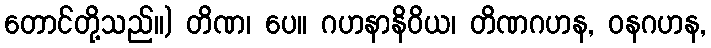
တောင်တို့သည်။) တိဏ၊ ပေ။ ဂဟနာနိဝိယ၊ တိဏဂဟန, ဝနဂဟန,